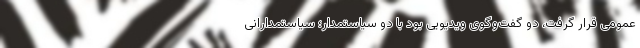
عمومی قرار گرفت، دو گفت‌وگوی ویدیویی بود با دو سیاستمدار؛ سیاستمدارانی